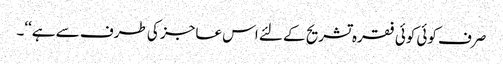
صرف کوئی کوئی فقرہ تشریح کے لئے اس عاجز کی طرف سے ہے‘‘۔